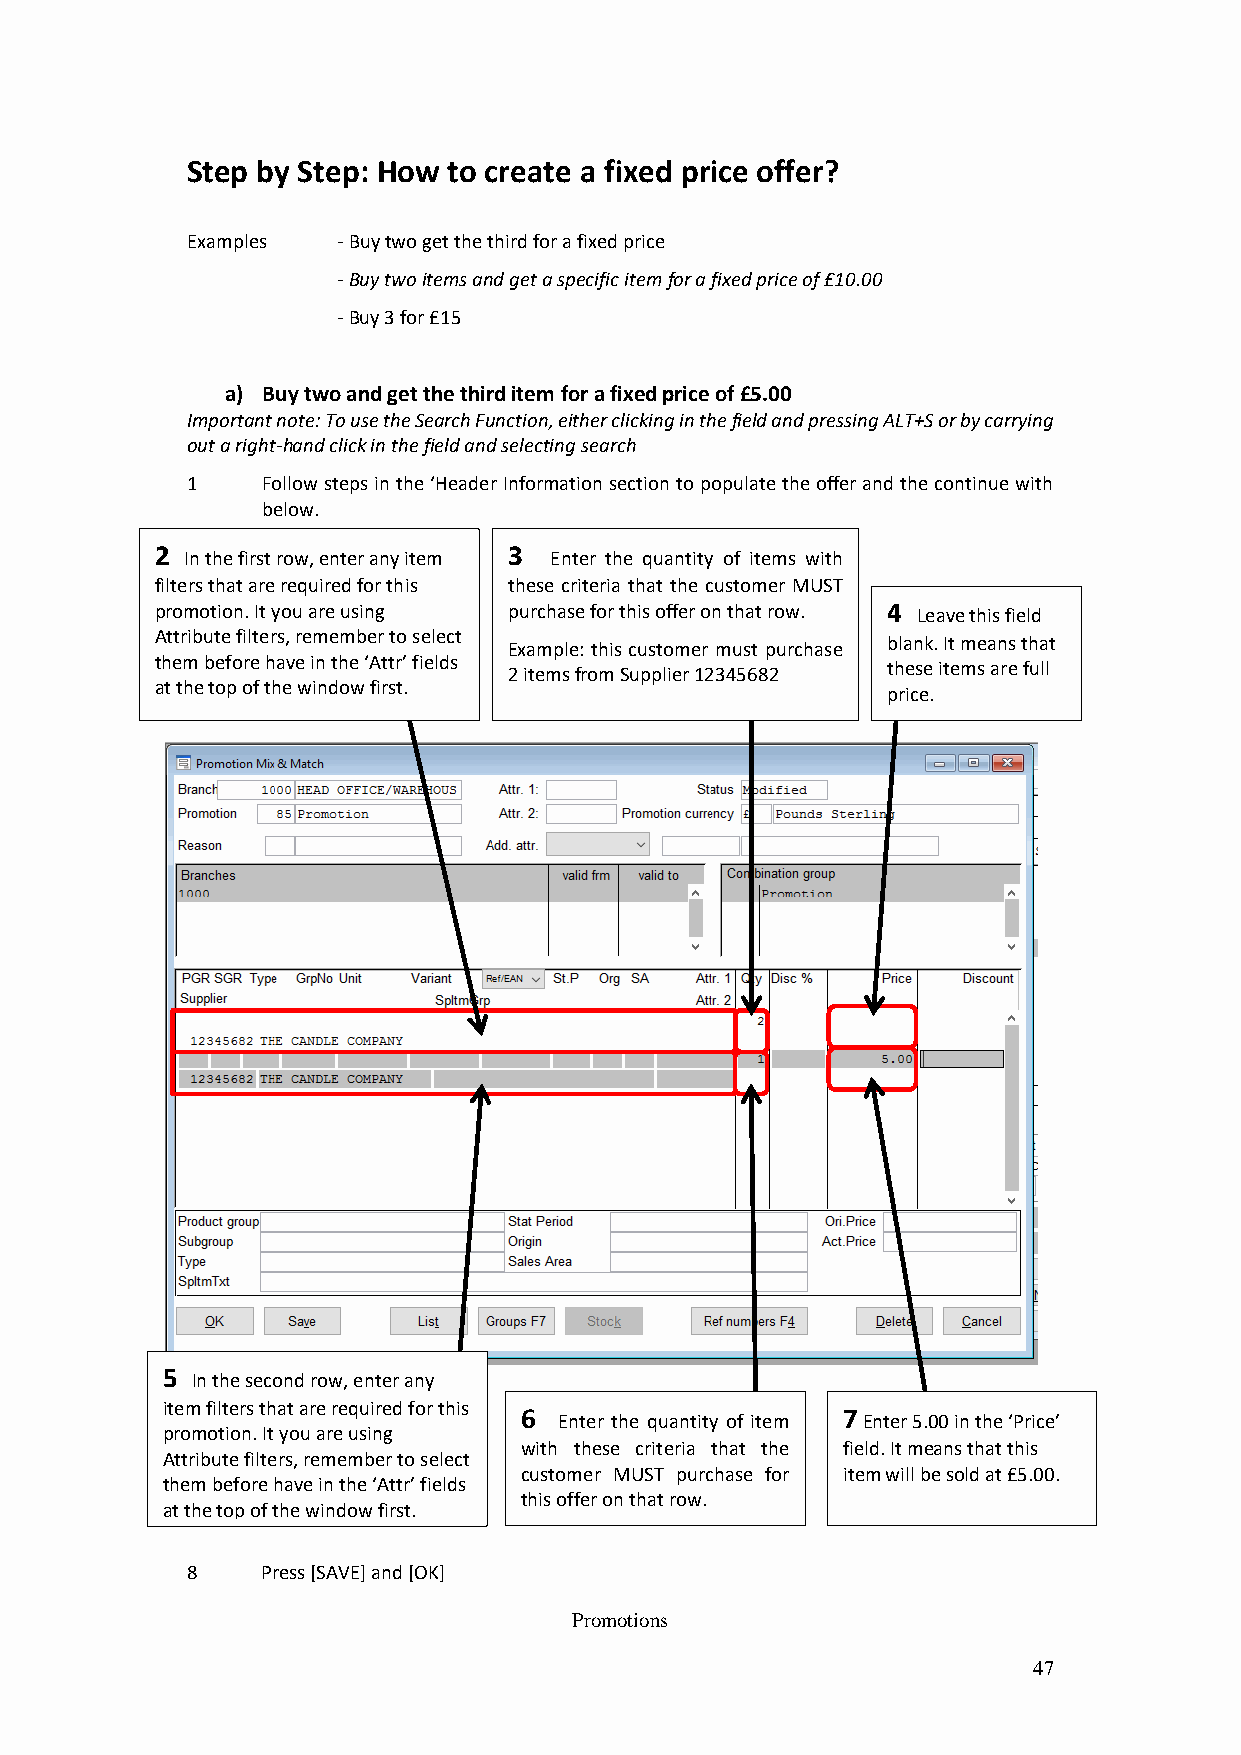
Step by Step: How to create a fixed price offer?
 Examples  - Buy two get the third for a fixed price
 - Buy two items and get a specific item for a fixed price of £10.00
 - Buy 3 for £15
 a) Buy two and get the third item for a fixed price of £5.00
 Important note: To use the Search Function, either clicking in the field and pressing ALT+S or by carrying
 out a right-hand click in the field and selecting search
 1    Follow steps in the ‘Header Information section to populate the offer and the continue with
 below.
 2                       3
 In the first row, enter any item Enter the quantity of items with
 filte rs that are required for this these criteria that the customer MUST
 promotion. It you are using purchase for this offer on that row. 4 Leave this field
 Attribute filters, remember to select
 Example: this customer must purchase blank. It means that
 them before have in the ‘Attr’ fields
 2 items from Supplier 12345682 these items are full
 at the top of the window first.
 price.
 5
 In the second row, enter any
 item filters that are required for this 6
 Enter the quantity of item
 7
 Enter 5.00 in the ‘Price’
 promotion. It you are using
 with these criteria that the field. It means that this
 Att ribute filters, remember to select
 customer MUST purchase for item will be sold at £5.00.
 them before have in the ‘Attr’ fields
 this offer on that row.
 at the top of the window first.
 8    Press [SAVE] and [OK]
 Promotions
 47